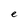
Character: e